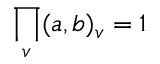
\prod _ { v } ( a , b ) _ { v } = 1